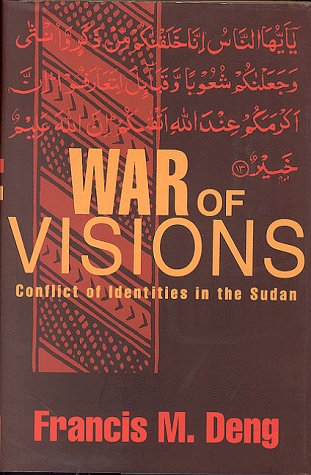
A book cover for War of Visions: Conflict of Identities in the Sudan; Francis M. Deng; History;